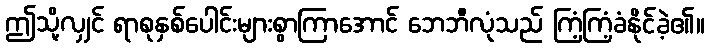
ဤသို့လျှင် ရာစုနှစ်ပေါင်းများစွာကြာအောင် ဘေဘီလုံသည် ကြံ့ကြံ့ခံနိုင်ခဲ့၏။